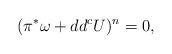
LaTeX: \begin{align*}(\pi^{*}\omega+dd^{c}U)^{n}=0,\end{align*}